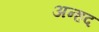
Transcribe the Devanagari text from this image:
अन्‍हद